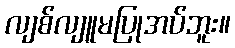
လျစ်လျူမပြုအပ်ဘူး။